Code of medical and sanitary regulations for the guidance of medical officers serving in the Madras Presidency - Volume II
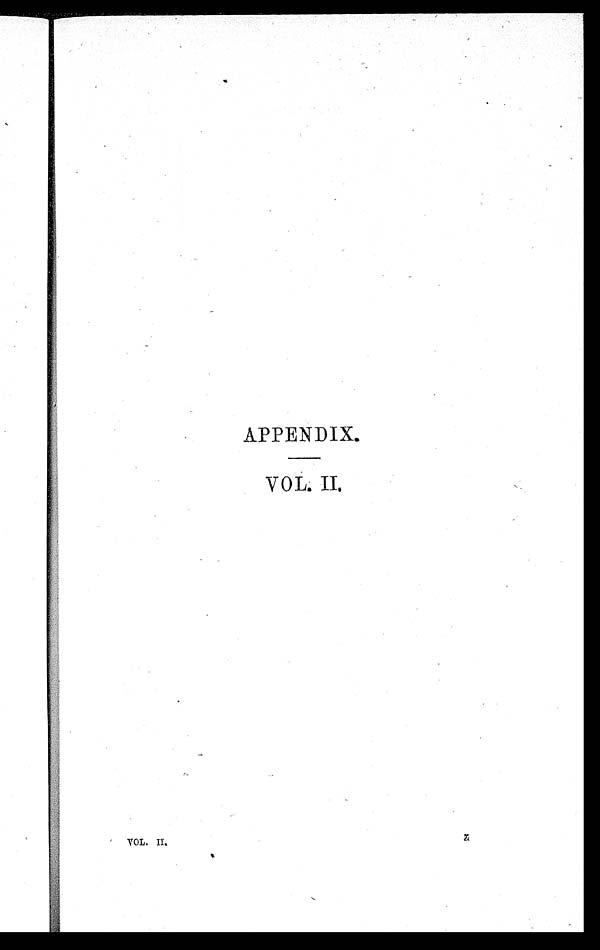
APPENDIX.
VOL. II
VOL. II